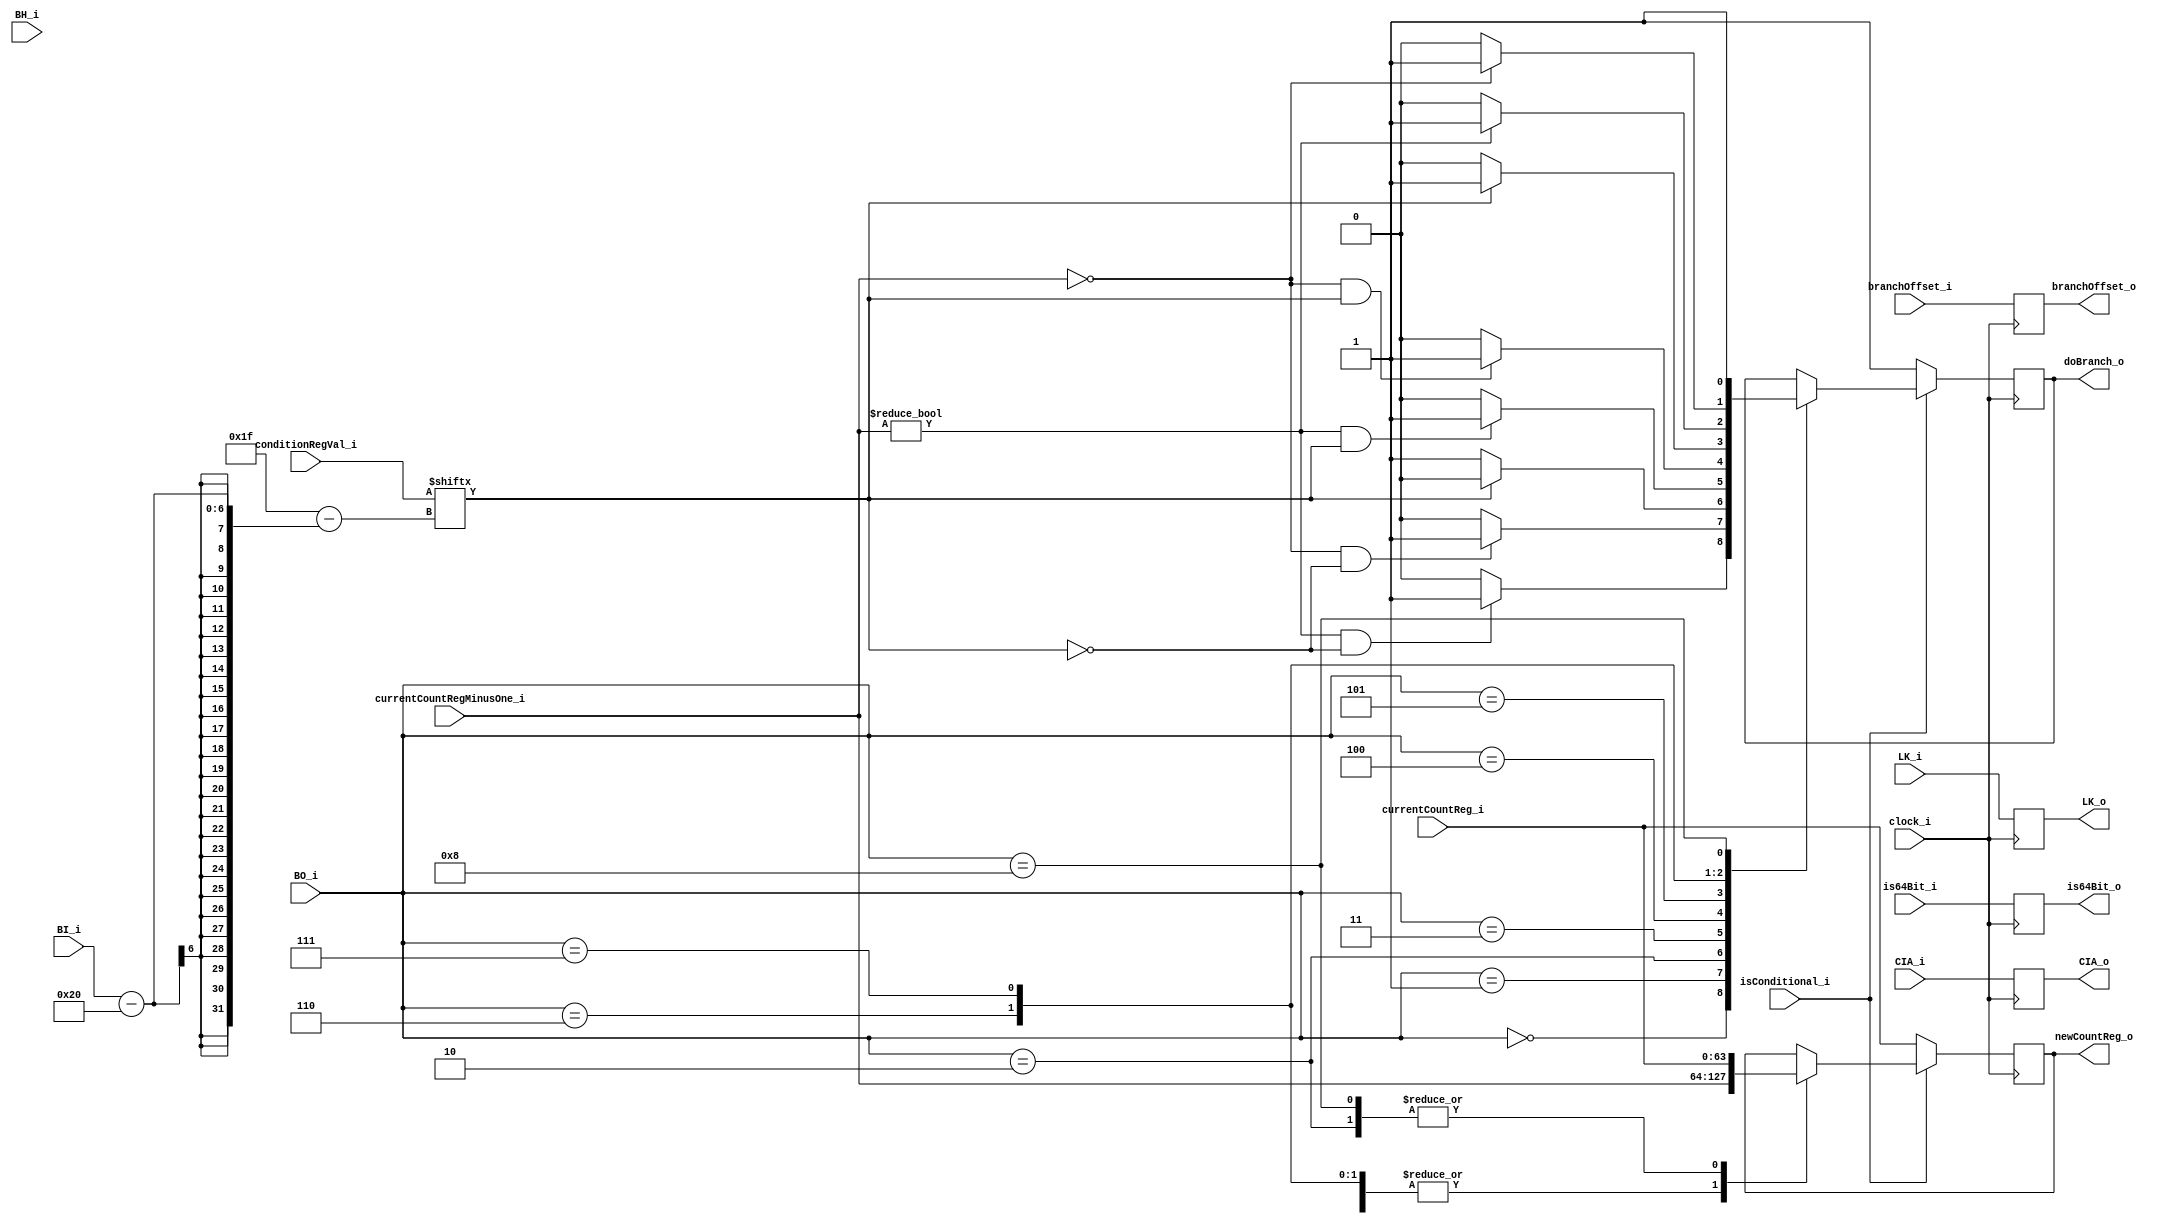
`timescale 1ns / 1ps
//////////////////////////////////////////////////////////////////////////////////
//second stage branch unit
//////////////////////////////////////////////////////////////////////////////////
module BranchStage2#(
//operating parameters
parameter resetVector = 0,
//data widths
parameter immWith = 24, parameter regWidth = 5, parameter numRegs = 2**regWidth, parameter formatIndexRange = 5, parameter addressWidth = 64, parameter opcodeWidth = 6, parameter xOpCodeWidth = 10,
//functional unit codes
parameter FXUnitCode = 0, parameter FPUnitCode = 1, parameter LdStUnitCode = 2, parameter BranchUnitCode = 3, parameter TrapUnitCode = 4,
//Instruction formats
parameter A = 1, parameter B = 2, parameter D = 3, parameter DQ = 4, parameter DS = 5, parameter DX = 6, parameter I = 7, parameter M = 8,
parameter MD = 9, parameter MDS = 10, parameter SC = 11, parameter VA = 12, parameter VC = 13, parameter VX = 14, parameter X = 15, parameter XFL = 16,
parameter XFX = 17, parameter XL = 18, parameter XO = 19, parameter XS = 20, parameter XX2 = 21, parameter XX3 = 22, parameter XX4 = 23, parameter Z22 = 24,
parameter Z23 = 25, parameter INVALID = 0
)(
	//input
	input wire clock_i,
	//command out
	input wire isConditional_i,
	input wire [0:4] BO_i,
	input wire [0:5] BI_i,
	input wire [0:1] BH_i,
	input wire [32:addressWidth-1] conditionRegVal_i,
	input wire LK_i,
	input wire [0:addressWidth-1] CIA_i,
	input wire [0:addressWidth-1] branchOffset_i,
	input wire [0:addressWidth-1] currentCountReg_i, currentCountRegMinusOne_i, 
	input wire is64Bit_i,
	//output
	output reg [0:addressWidth-1] CIA_o,
	output reg [0:addressWidth-1] branchOffset_o,
	output reg is64Bit_o,
	output reg doBranch_o,
	output reg LK_o,	
	output reg [0:addressWidth-1] newCountReg_o
    );

	//stage 2, resolves if a branch is to be taken or not
	always @(posedge clock_i)
	begin
		CIA_o <= CIA_i;
		branchOffset_o <= branchOffset_i;
		LK_o <= LK_i;
		is64Bit_o <= is64Bit_i;
		if(isConditional_i == 1)
		begin
			//NOTE The value of BO encoded in the instruction is as described in figure 40, this is resolved in the decoder which
			//generates the integer values seen below.
			case(BO_i)//check the condition bits
				0: begin //decrement the CTR then branch if the decremented CRT != 0 (0:63 in 64b mode and 32:63 in 32b mode) and conditionRegVal[BI] == 0														
					if((currentCountRegMinusOne_i != 0) && (conditionRegVal_i[BI_i] == 0)) begin
						doBranch_o <= 1; end
					else begin
						doBranch_o <= 0; end
					newCountReg_o <= currentCountRegMinusOne_i;//decrement the countReg
				end					
				1: begin //decrement the CTR then branch if the decremented CRT == 0 (0:63 in 64b mode and 32:63 in 32b mode) and conditionRegVal[BI] == 0
					if((currentCountRegMinusOne_i == 0) && (conditionRegVal_i[BI_i] == 0)) begin
						doBranch_o <= 1; end
					else begin
						doBranch_o <= 0; end				
					newCountReg_o <= currentCountRegMinusOne_i;//decrement the countReg
				end						
				2: begin //branch if the conditionRegVal[BI] == 0
					if(conditionRegVal_i[BI_i] == 0) begin
						doBranch_o <= 1; end
					else begin
						doBranch_o <= 0; end
					newCountReg_o <= currentCountReg_i;
				end						
				3: begin //decrement the CTR then branch if the decremented CRT != 0 (0:63 in 64b mode and 32:63 in 32b mode) and CR[BI] == 1
					if((currentCountRegMinusOne_i != 0) && (conditionRegVal_i[BI_i] == 1)) begin
						doBranch_o <= 1; end
					else begin
						doBranch_o <= 0; end
					newCountReg_o <= currentCountRegMinusOne_i;//decrement the countReg						
				end						
				4: begin //decrement the CTR then branch if the decremented CRT == 0 (0:63 in 64b mode and 32:63 in 32b mode) and CR[BI] == 1
					if((currentCountRegMinusOne_i == 0) && (conditionRegVal_i[BI_i] == 1)) begin
						doBranch_o <= 1; end
					else begin
						doBranch_o <= 0; end
					newCountReg_o <= currentCountRegMinusOne_i;//decrement the countReg
				end						
				5: begin //branch if the conditionRegVal[BI] == 1
					if(conditionRegVal_i[BI_i] == 1) begin
						doBranch_o <= 1; end
					else begin
						doBranch_o <= 0; end
				end						
				6: begin //decrement the CTR then branch if the decremented CRT != 0 (0:63 in 64b mode and 32:63 in 32b mode)
					if(currentCountRegMinusOne_i != 0) begin
						doBranch_o <= 1; end
					else begin
						doBranch_o <= 0; end
					newCountReg_o <= currentCountRegMinusOne_i;//decrement the countReg
				end						
				7: begin //decrement the CTR then branch if the decremented CRT == 0 (0:63 in 64b mode and 32:63 in 32b mode)
					if(currentCountRegMinusOne_i == 0) begin
						doBranch_o <= 1; end
					else begin
						doBranch_o <= 0; end
					newCountReg_o <= currentCountRegMinusOne_i;//decrement the countReg
				end						
				8: begin
					//conditional unconditional-branch
					doBranch_o <= 1;
					newCountReg_o <= currentCountReg_i;//preserve the countReg
				end
				default: begin//no branch condition satisfied
					//throw error
				end					
			endcase
		end
		else//unconditonal branch instruction
		begin
			doBranch_o <= 1;
			newCountReg_o <= currentCountReg_i;//preserve the countReg
		end
	end

endmodule